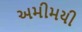
અમીમયી